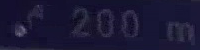
200m